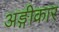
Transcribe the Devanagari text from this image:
अङ्गीकार